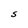
Character: S